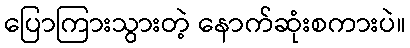
ပြောကြားသွားတဲ့ နောက်ဆုံးစကားပဲ။